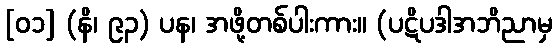
[၀၁] (နိ၊ ၉၃) ပန၊ အဖို့တစ်ပါးကား။ (ပဋိပဒါအဘိညာမှ